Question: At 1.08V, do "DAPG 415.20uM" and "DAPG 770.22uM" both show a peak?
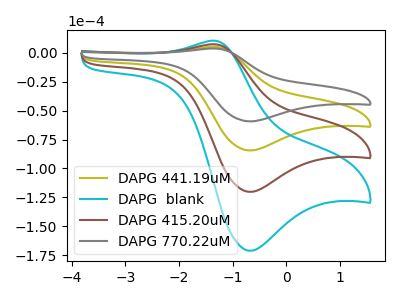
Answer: <think>The olive curve "DAPG 441.19uM" has an anodic peak at (-1.35V, 5.10uA) and a cathodic peak at (-0.70V, -84.45uA). The cyan curve "DAPG  blank" has an anodic peak at (-1.35V, 15.25uA) and a cathodic peak at (-0.70V, -253.30uA). The brown curve "DAPG 415.20uM" has an anodic peak at (-1.35V, 10.15uA) and a cathodic peak at (-0.70V, -168.85uA). The gray curve "DAPG 770.22uM" has an anodic peak at (-1.35V, 3.55uA) and a cathodic peak at (-0.70V, -59.35uA).</think>
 <answer>No, "DAPG 415.20uM" and "DAPG 770.22uM" dont share a peak at 1.08V.</answer>
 <eval>mismatch</eval>